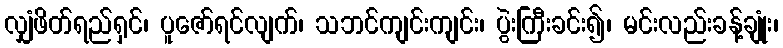
လျှံဖိတ်ရည်ရှင်၊ ပူဇော်ရင်လျက်၊ သဘင်ကျင်းကျင်း၊ ပွဲးကြီးခင်း၍၊ မင်းလည်းခန့်ချုံး၊